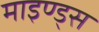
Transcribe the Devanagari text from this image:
माइण्ड्स